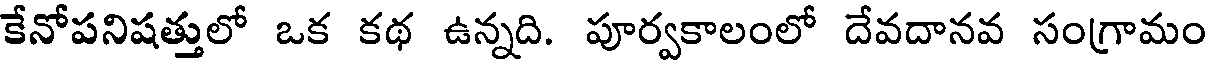
కేనోపనిషత్తులో ఒక కథ ఉన్నది. పూర్వకాలంలో దేవదానవ సంగ్రామం